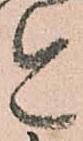
今